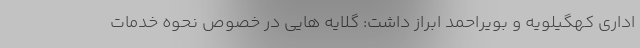
اداری کهگیلویه و بویراحمد ابراز داشت: گلایه هایی در خصوص نحوه خدمات